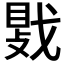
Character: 𫼀